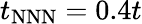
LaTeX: t_{\mathrm{NNN}}=0.4t